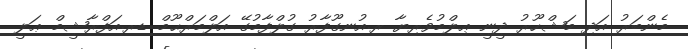
މެންބަރު އަދި މަޝްހޫރު ދީނީ ޢިލްމުވެރިޔާ ރ.އުނގޫފާރު ގުލްފާމުގޭ އަލްމަރްޙޫމް ޑރ.އަފްރާޝީމް ޢަލީ